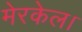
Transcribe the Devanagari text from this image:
मेरकेल।